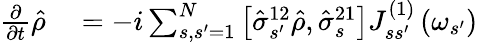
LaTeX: \begin{array}{rl}{\frac{\partial}{\partial t}\hat{\rho}}&{{}=-i\sum_{s,s^{\prime}=1}^{N}\left[\hat{\sigma}_{s^{\prime}}^{12}\hat{\rho},\hat{\sigma}_{s}^{21}\right]J_{ss^{\prime}}^{\left(1\right)}\left(\omega_{s^{\prime}}\right)}\end{array}